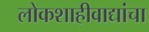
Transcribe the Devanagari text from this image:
लोकशाहीवाद्यांचा